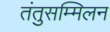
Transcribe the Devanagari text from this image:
तंतुसम्मिलन